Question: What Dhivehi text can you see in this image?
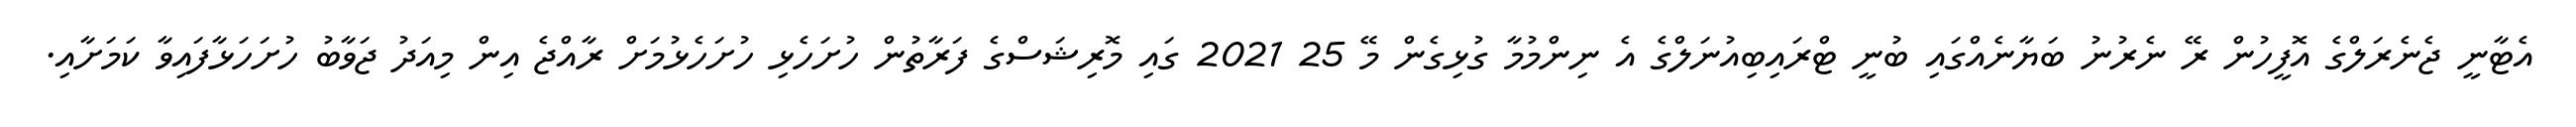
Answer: އެޓާނީ ޖެނެރަލްގެ އޮފީހުން ރޭ ނެރުނު ބަޔާނެއްގައި ބުނީ ޓްރައިބިއުނަލްގެ އެ ނިންމުމާ ގުޅިގެން މޭ 25 2021 ގައި މޮރިޝަސްގެ ފަރާތުން ހުށަހެޅި ހުށަހެޅުމަށް ރާއްޖެ އިން މިއަދު ޖަވާބު ހުށަހަޅާފައިވާ ކަމަށާއި.